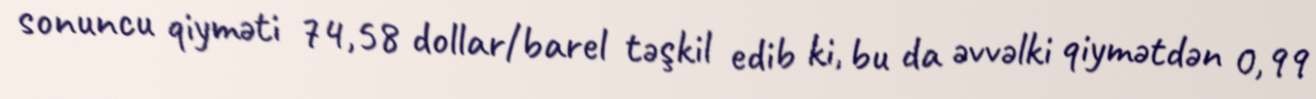
sonuncu qiyməti 74,58 dollar/barel təşkil edib ki, bu da əvvəlki qiymətdən 0,99